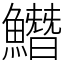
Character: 𩻛